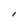
Character: I